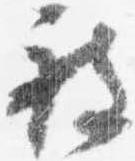
被